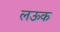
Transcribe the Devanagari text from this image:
लऊक